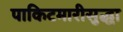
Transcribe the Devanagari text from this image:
पाकिटमारीसुद्धा